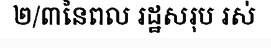
២/៣នៃពល រដ្ឋសរុប រស់